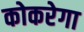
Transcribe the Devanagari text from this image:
कोकरेगा